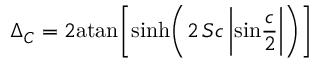
\Delta _ { C } = 2 \mathrm { a t a n } \bigg [ \mathrm { s i n h } \bigg ( 2 \, S c \, \bigg | \mathrm { s i n } { \frac { c } { 2 } } \bigg | \bigg ) \bigg ]